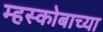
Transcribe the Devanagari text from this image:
म्हस्कोबाच्या